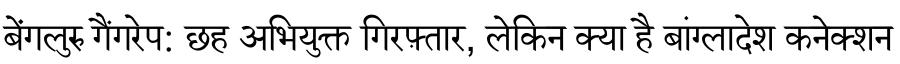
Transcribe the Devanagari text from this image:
बेंगलुरु गैंगरेप: छह अभियुक्त गिरफ़्तार, लेकिन क्या है बांग्लादेश कनेक्शन